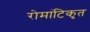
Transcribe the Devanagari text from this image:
रोमांटिकृत